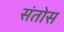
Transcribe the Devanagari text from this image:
संतोस